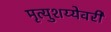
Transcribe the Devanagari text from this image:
मृत्युशय्येवरी